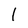
Character: l